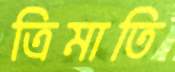
ত্রিমাতি